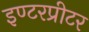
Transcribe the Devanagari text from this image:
इण्टरप्रीटर